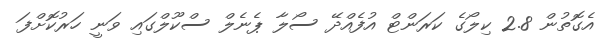
އެގޮތުން 2.8 ކިލޯގެ ކަރަންޓް އުފެއްދޭ ސޯލާ ޕެނެލް ސްކޫލްގައި ވަނީ ހަރުކޮށްފަ